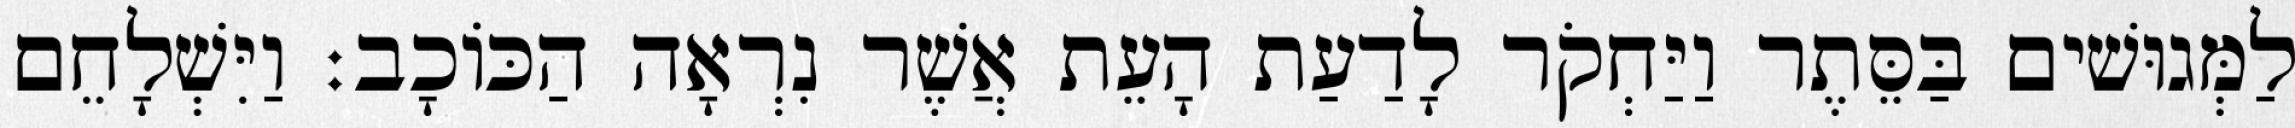
לַמְּגוּשׁים בַּסֵּתֶר וַיַּחְקֹר לָדַעַת הָעֵת אֲשֶׁר נִרְאָה הַכּוֹכָב׃ וַיִּשְׁלָחֵם